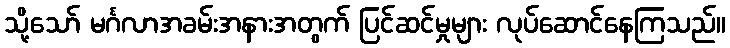
သို့သော် မင်္ဂလာအခမ်းအနားအတွက် ပြင်ဆင်မှုများ လုပ်ဆောင်နေကြသည်။